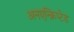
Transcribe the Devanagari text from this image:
अनएन्क्रिप्टेड